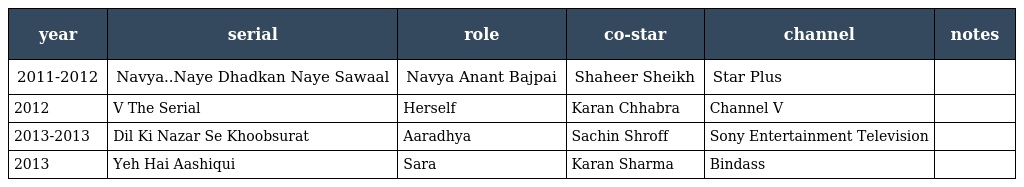
| year | serial | role | co-star | channel | notes |
 | --- | --- | --- | --- | --- | --- |
 | 2011-2012 | Navya..Naye Dhadkan Naye Sawaal | Navya Anant Bajpai | Shaheer Sheikh | Star Plus |  |
 | 2012 | V The Serial | Herself | Karan Chhabra | Channel V |  |
 | 2013-2013 | Dil Ki Nazar Se Khoobsurat | Aaradhya | Sachin Shroff | Sony Entertainment Television |  |
 | 2013 | Yeh Hai Aashiqui | Sara | Karan Sharma | Bindass |  |